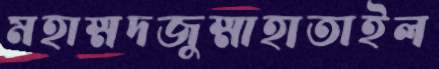
মহাম্মদজুম্মাহাতাইল